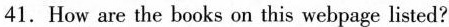
41.How are the boks un this webpage lisaed?